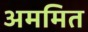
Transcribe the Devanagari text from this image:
अममित